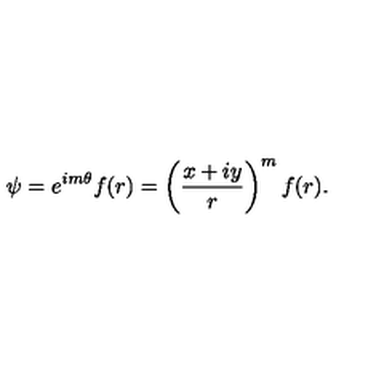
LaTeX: \psi = e ^ { i m \theta } f ( r ) = \left( \frac { x + i y } { r } \right) ^ { m } f ( r ) .